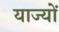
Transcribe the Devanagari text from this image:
याज्यों